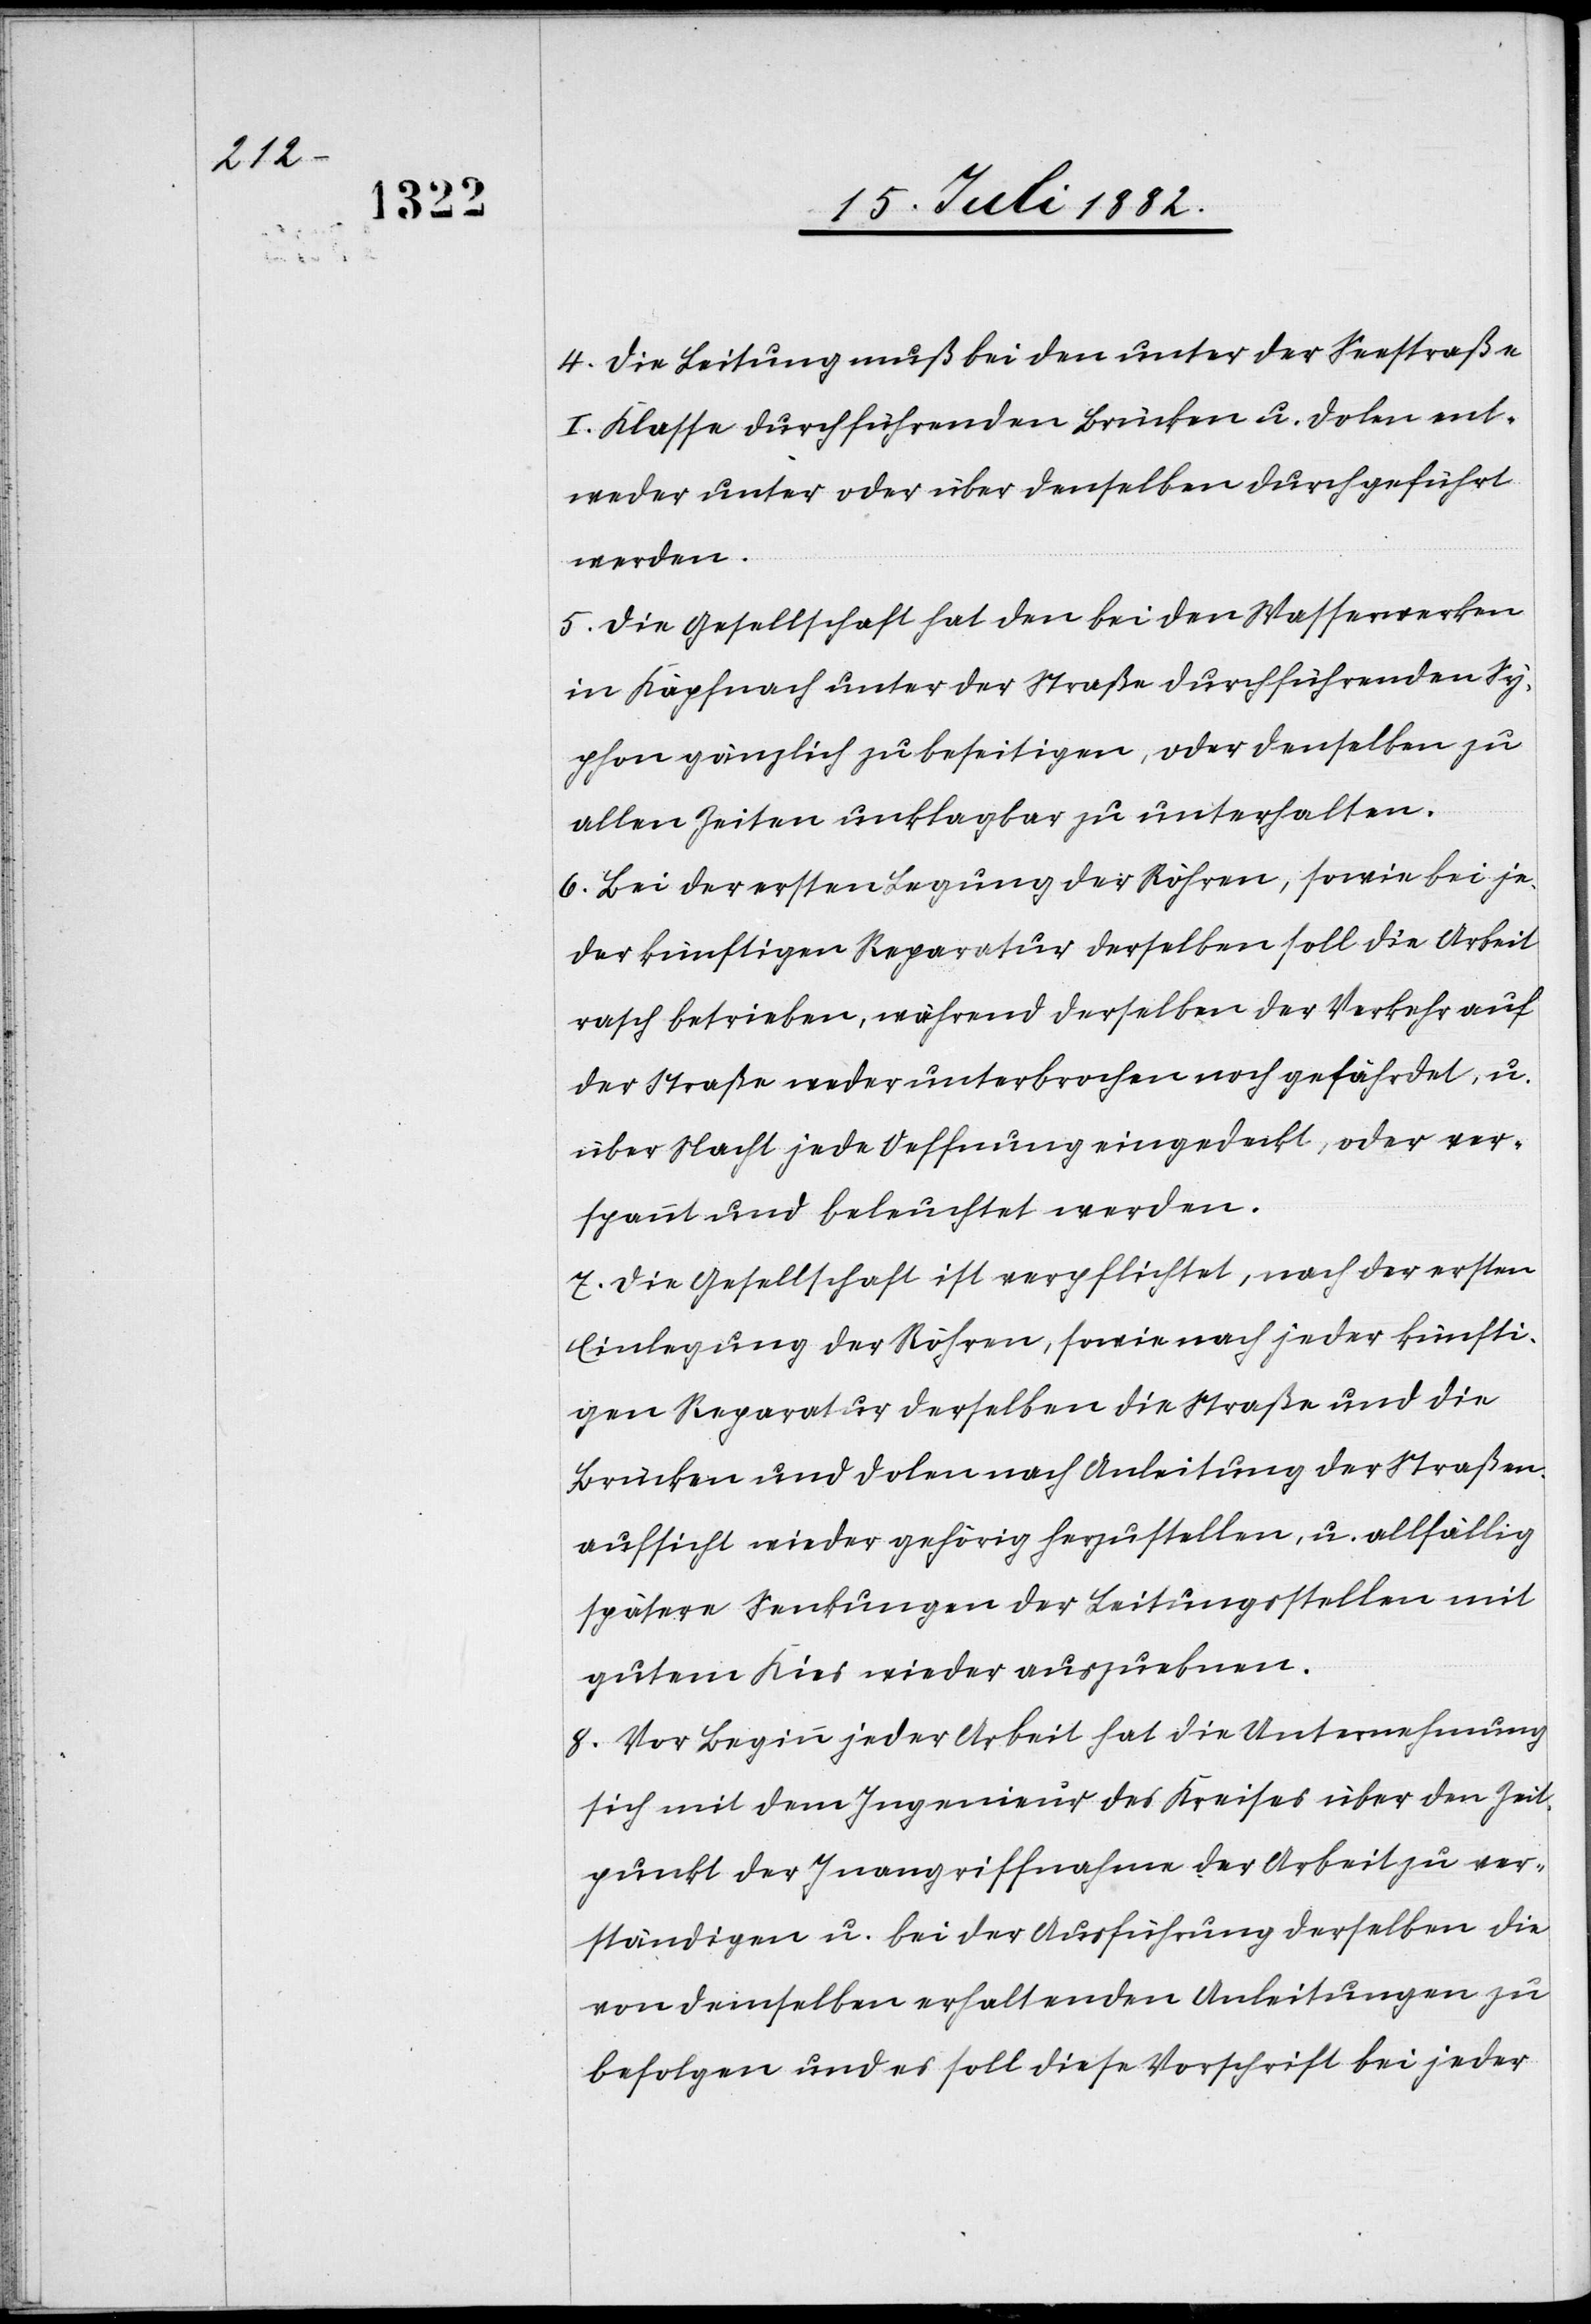
4. Die Leitung muß bei den unter der Seestraße
I. Klasse durchführenden Brücken u. Dolen ent¬
weder unter oder über denselben durchgeführt
werden.
5. Die Gesellschaft hat den bei den Wasserwerken
in Käpfnach unter der Straße durchführenden Sy¬
phon gänzlich zu beseitigen, oder denselben zu
allen Zeiten unklagbar zu unterhalten.
6. Bei der ersten Legung der Röhren, sowie bei je¬
der künftigen Reparatur derselben soll die Arbeit
rasch betrieben, während derselben der Verkehr auf
der Straße weder unterbrochen noch gefährdet, u.
über Nacht jede Oeffnung eingedeckt, oder ver¬
spannt und beleuchtet werden.
7. Die Gesellschaft ist verpflichtet, nach der ersten
Einlegung der Röhren, sowie nach jeder künfti¬
gen Reparatur derselben die Straße und die
Brücken und Dolen nach Anleitung der Straßen¬
aufsicht wieder gehörig herzustellen, u. allfällig
spätere Senkungen der Leitungsstellen mit
gutem Kies wieder auszuebnen.
8. Vor Beginn jeder Arbeit hat die Unternehmung
sich mit dem Ingenieur des Kreises über den Zeit¬
punkt der Inangriffnahme der Arbeit zu ver¬
ständigen u. bei der Ausführung derselben die
von demselben erhaltenden Anleitungen zu
befolgen und es soll diese Vorschrift bei jeder